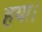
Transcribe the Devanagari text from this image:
हया।